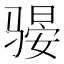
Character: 𫘫